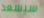
سيسعد